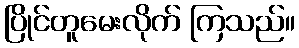
ပြိုင်တူမေးလိုက် ကြသည်။